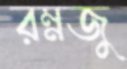
রম্নজু